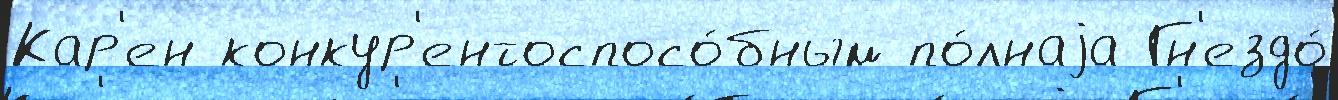
Кар'ен конкур'ентоспосо́бным по́лнаjа Гн'ездо́